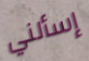
إسألني